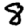
Digit: 8